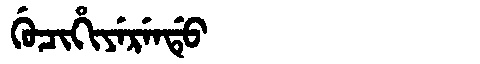
Manchu: ᡤᡠᠴᡳᡥᡳᠶᡝᡵᡝᠨᡩᡠ
Romanization: GUCIHIYERENDU